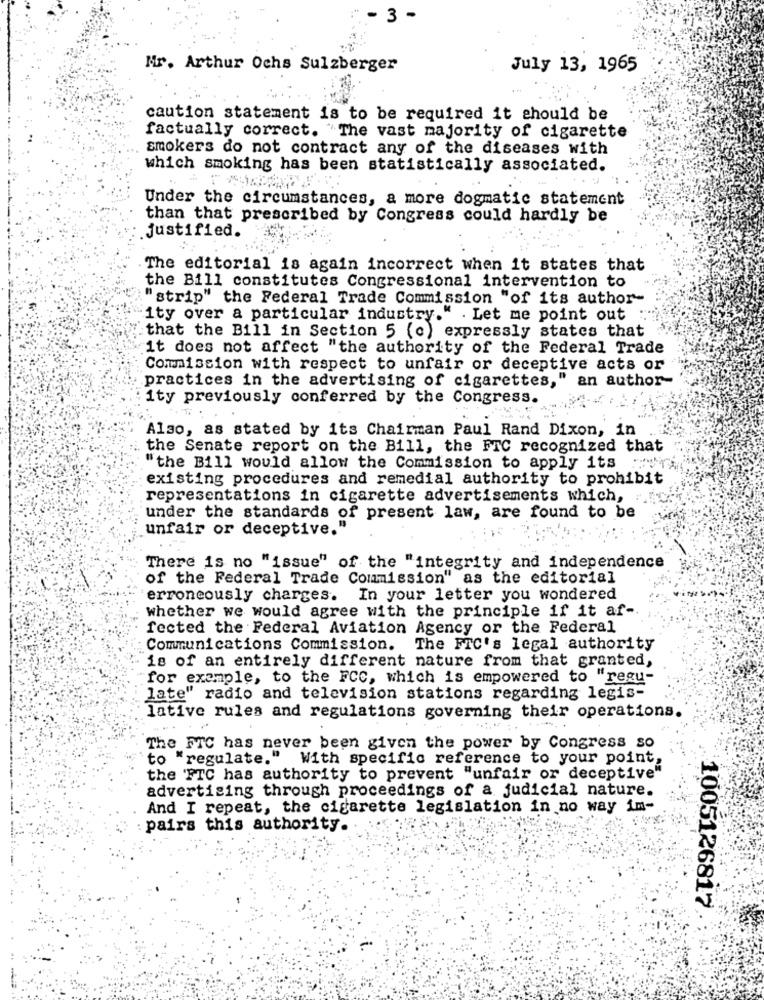
- 3 -
Mr. Arthur Ochs Sulzberger
July 13, 1965
caution statement is to be required it should be
factually correct. "The vast majority of cigarette
smokers do not contract any of the diseases with
which smoking has been statistically associated.
Under the circumstances, a more dogmatic statement
than that prescribed by Congress could hardly be
.justified.
The editorial is again incorrect when it states that
the Bill constitutes Congressional intervention to
"strip" the Federal Trade Commission "of its author-
ity over a particular industry." . Let me point out
that the Bill in Section 5 (c) expressly states that
it does not affect "the authority of the Federal Trade
Commission with respect to unfair or deceptive acts or
practices in the advertising of cigarettes," an author-
ity previously conferred by the Congress.
Also, as stated by its Chairman Paul Rand Dixon, in
the Senate report on the Bill, the FTC recognized that
"the Bill would allow the Commission to apply its
existing procedures and remedial authority to prohibit
representations in cigarette advertisements which,
under the standards of present law, are found to be
unfair or deceptive."
There is no "issue" of the "integrity and independence
of the Federal Trade Commission" as the editorial
erroneously charges. In your letter you wondered
whether we would agree with the principle if it af-
fected the Federal Aviation Agency or the Federal
Communications Commission. The FTC's legal authority
is of an entirely different nature from that granted,
for example, to the FCC, which is empowered to "regu-
late" radio and television stations regarding legis-
lative rules and regulations governing their operations.
The FTC has never been given the power by Congress so
to "regulate." With specific reference to your point,
the 'FTC has authority to prevent "unfair or deceptive"
advertising through proceedings of a judicial nature.
And I repeat, the cigarette legislation in no way im-
pairs this authority.
1005126817